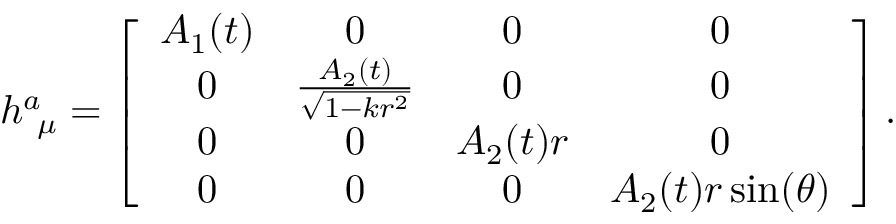
\begin{array} { r } { h _ { ~ \mu } ^ { a } = \left[ \begin{array} { c c c c } { A _ { 1 } ( t ) } & { 0 } & { 0 } & { 0 } \\ { 0 } & { \frac { A _ { 2 } ( t ) } { \sqrt { 1 - k r ^ { 2 } } } } & { 0 } & { 0 } \\ { 0 } & { 0 } & { A _ { 2 } ( t ) r } & { 0 } \\ { 0 } & { 0 } & { 0 } & { A _ { 2 } ( t ) r \sin ( \theta ) } \end{array} \right] . } \end{array}